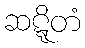
ဆဋ္ဋိတံ